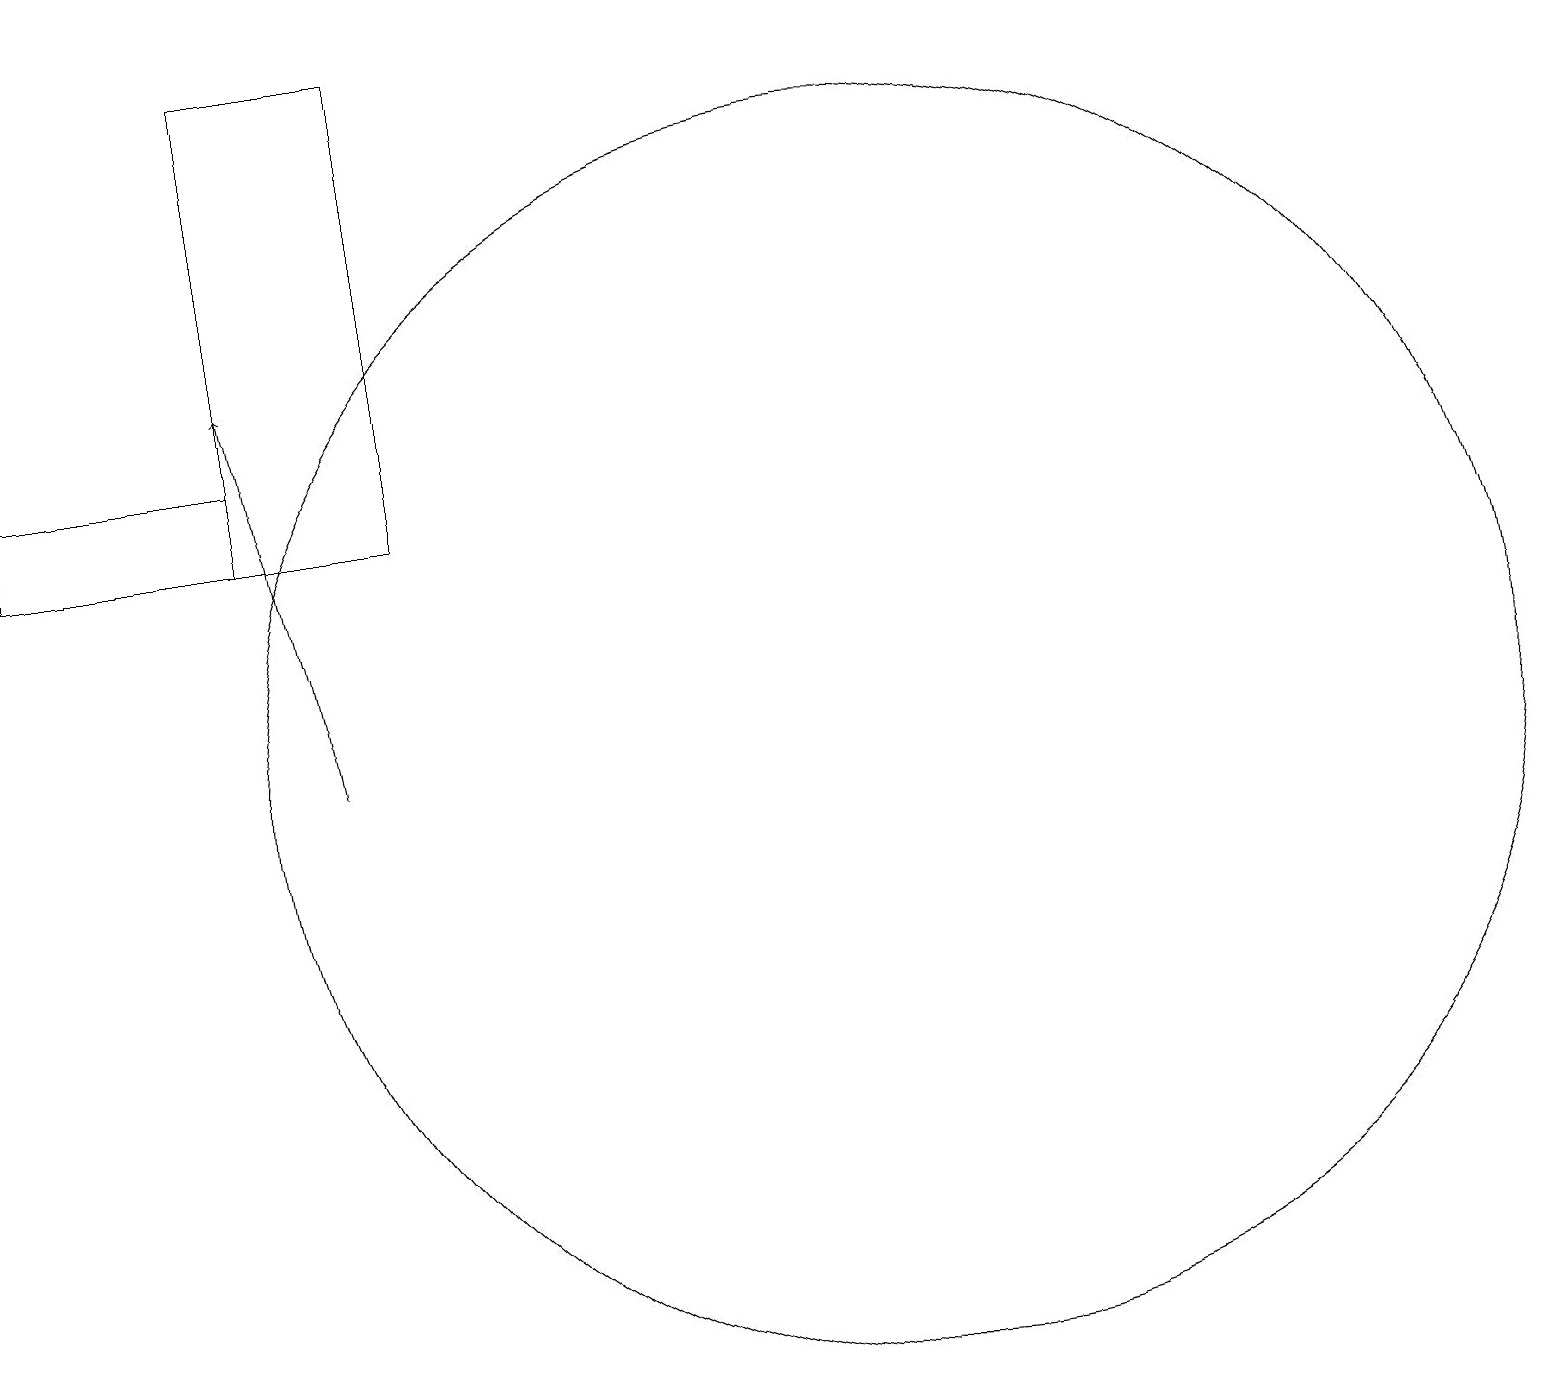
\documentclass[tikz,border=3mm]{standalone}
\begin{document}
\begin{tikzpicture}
\draw (4,14) rectangle (1,13);
\draw (4,13) rectangle (6,19);
\draw[->] (5,10) -- (4,15);
\draw (12,10) circle (8);
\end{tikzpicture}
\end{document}